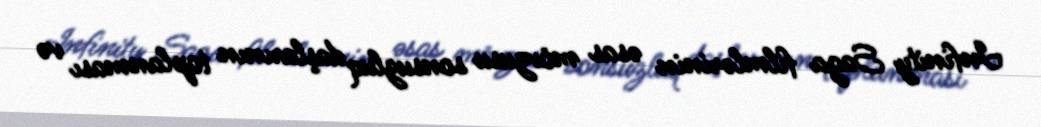
Infinity Saga filmlərinin əsas mövzusu sonsuzluq daşlarının toplanması və